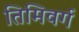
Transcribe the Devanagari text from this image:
तिमिवर्ग